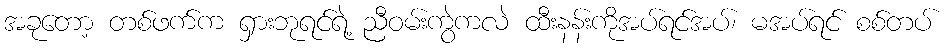
အခုတော့ တစ်ဖက်က ရှားဘုရင်ရဲ့ ညီဝမ်းကွဲကလဲ ထီးနန်းကိုအပ်ရင်အပ်၊ မအပ်ရင် စစ်တပ်